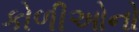
કોળીઓનો